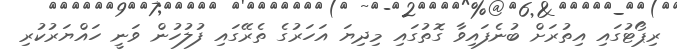
ރިޕޯޓުގައި އިތުރަށް ބުނެފައިވާ ގޮތުގައި މިދިޔަ އަހަރުގެ ތެރޭގައި ފުލުހުން ވަނީ ހައްޔަރުކުރި